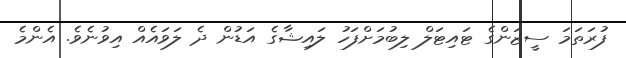
ފުރަތަމަ ސީޒަންގެ ޓައިޓަލް ލިބުމަށްފަހު ލައިޝާގެ އަޑުން ދެ ލަވައެއް އިވުނެވެ. އެންމެ